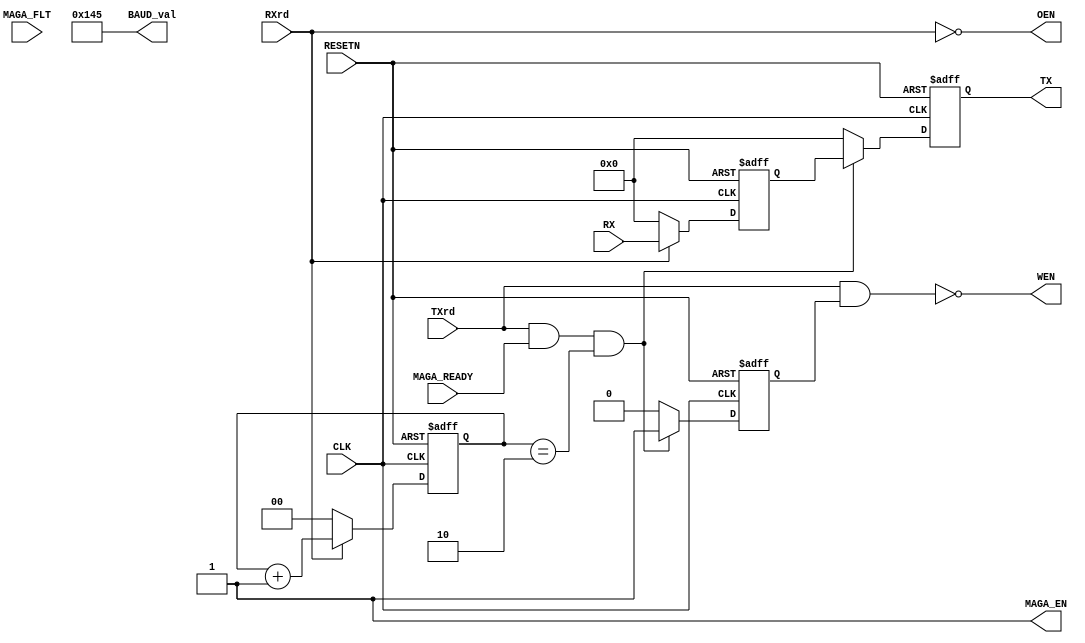
///////////////////////////////////////////////////////////////////////////////////////////////////
// Company: <Name>
//
// File history:
//      <Revision number>: <Date>: <Comments>
//      <Revision number>: <Date>: <Comments>
//      <Revision number>: <Date>: <Comments>
//
// Description: 
//
// <Description here>
//
// Targeted device: <Family::ProASIC3> <Die::A3P1000> <Package::208 PQFP>
//
/////////////////////////////////////////////////////////////////////////////////////////////////// 

//`timescale <time_units> / <precision>

module MAGA_control( input CLK, 
                     input RESETN,
                     input MAGA_FLT,
                     //input MAGA_INVALID,
                     input MAGA_READY,
                     input TXrd, 
                     input RXrd,
                     input [7:0]RX, 
                     //input [7:0]TX_data,
                     output reg[12:0]BAUD_val = 13'd325, 
                     output reg[7:0]TX, 
                     output reg MAGA_EN = 1'b1,
                     output wire OEN, 
                     output wire WEN);
//<statements>
reg TX_state;
reg [1:0]count;
reg [7:0]RX_data;

assign WEN = !(TXrd & TX_state);
assign OEN = !RXrd;

always@(posedge CLK or negedge RESETN)
begin
    if(!RESETN)
        count <= 3'b0;
    else if(RXrd)
        count <= count + 1'b1;
    else
        count <= 3'b0;
end

always@(posedge CLK or negedge RESETN)
begin
    if(!RESETN) begin
        TX <= 8'b0;
        TX_state <= 1'b0;
    end

    else if(TXrd & MAGA_READY & (count == 2'd2)) begin
        TX <= RX_data;
        TX_state <= 1'b1;
    end
    
    else begin
        TX_state <= 1'b0;
        TX <= 8'b0;
    end
end

always@(posedge CLK or negedge RESETN)
begin
    if(!RESETN) 
        RX_data <= 8'b0; 
    else if(RXrd)
        RX_data <= RX; 
    else
        RX_data <= 8'b0;
end
endmodule